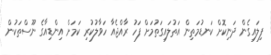
ފިލައިގެން ދަނިކޮށް ކަނޑުމަތިން އަތުލައިގަތުމަށް ފަހު ރާއްޖެއާ ހަވާލުކުރި ކަމަށް އިންޑިއާގެ ނޫސްތަކުން